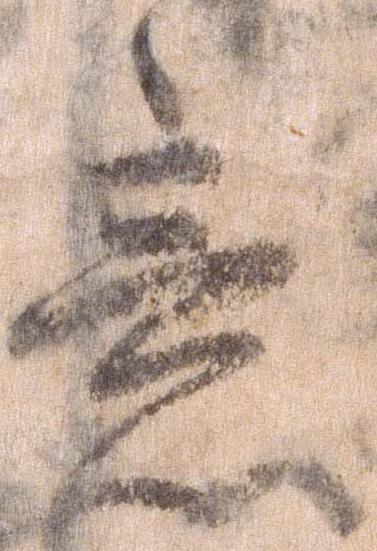
意